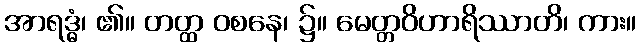
အာရဒ္ဓံ၊ ၏။ တတ္ထ ဝစနေ၊ ၌။ မေတ္တဝိဟာရိဿာတိ၊ ကား။